Civil Veterinary Dept. Assam report 1927-50 - 1927-1950
Year: 1927
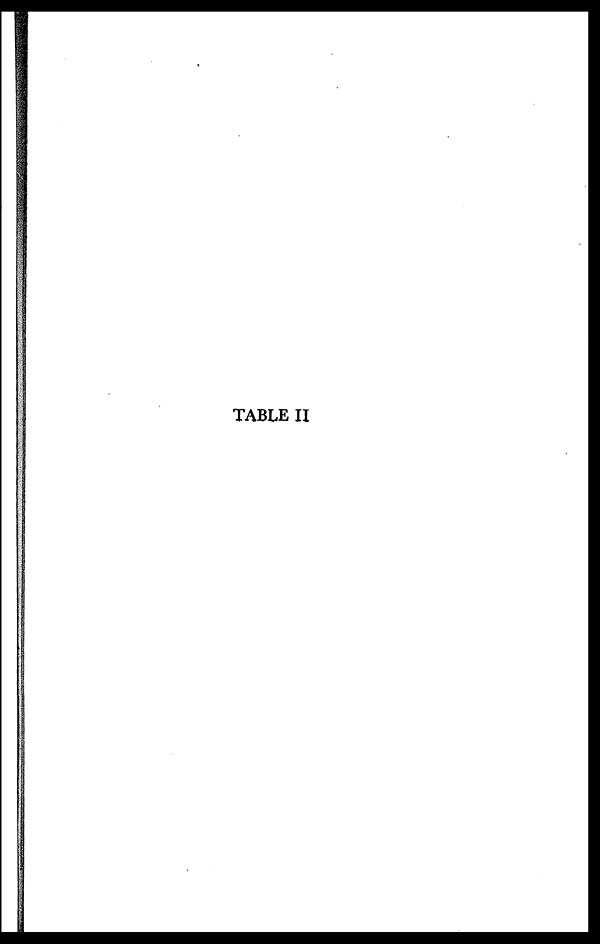
TABLE II